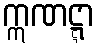
ဣဏဋ္ဋာ